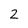
Character: 2